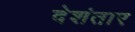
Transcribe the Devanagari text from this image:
देशंतार